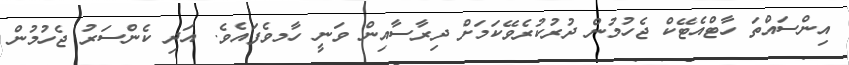
އިންސައްތަ ހާޓްއެޓޭކް ޖެހުމުން ދުރުކުރެވޭކަމަށް ދިރާސާއިން ވަނީ ހާމވެފައެވެ. އަދި ކެންސަރު ޖެހުމުން